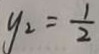
y _ { 2 } = \frac { 1 } { 2 }